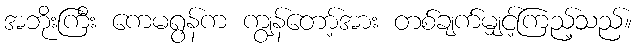
အဘိုးကြီး ကေမရွန်က ကျွန်တော့်အား တစ်ချက်မျှင့်ကြည့်သည်။